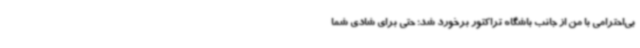
بی‌احترامی با من از جانب باشگاه تراکتور برخورد شد؛ حتی برای شادی شما